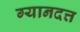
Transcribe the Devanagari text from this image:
ग्यानदत्त